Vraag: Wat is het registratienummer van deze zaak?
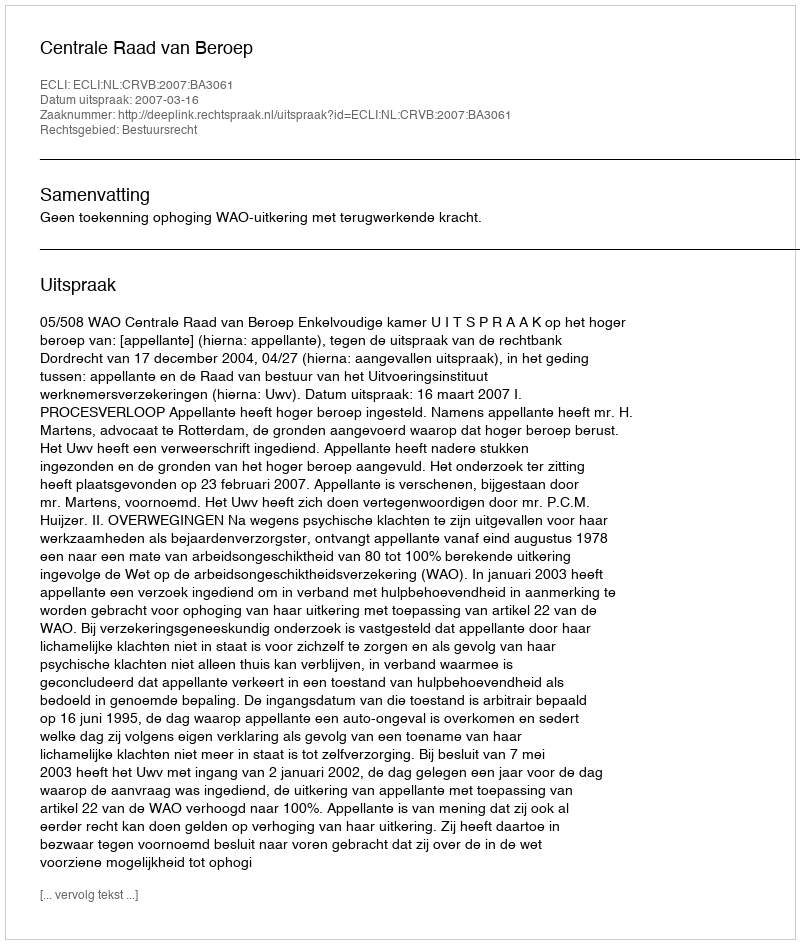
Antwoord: http://deeplink.rechtspraak.nl/uitspraak?id=ECLI:NL:CRVB:2007:BA3061